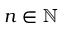
n \in \ensuremath { \mathbb { N } }